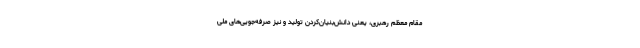
مقام معظم رهبری، یعنی دانش‌بنیان‌کردن تولید و نیز صرفه‌جویی‌های ملی